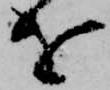
を